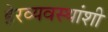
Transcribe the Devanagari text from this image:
हेरव्यवस्थांशी